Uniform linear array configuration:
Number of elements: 48
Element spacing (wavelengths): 0.25
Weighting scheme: hann
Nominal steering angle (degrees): -15
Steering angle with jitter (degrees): -15.552
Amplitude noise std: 0.05
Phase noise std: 0.05

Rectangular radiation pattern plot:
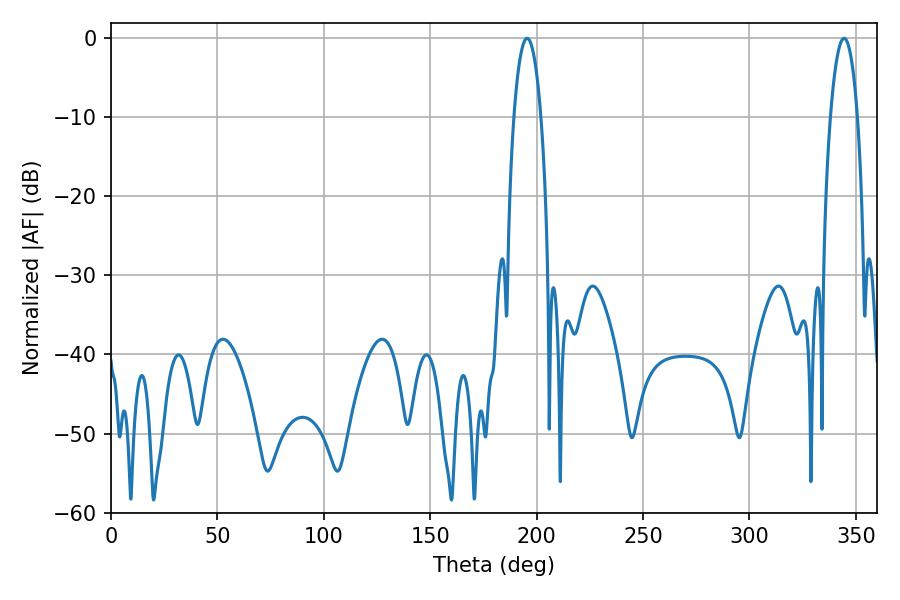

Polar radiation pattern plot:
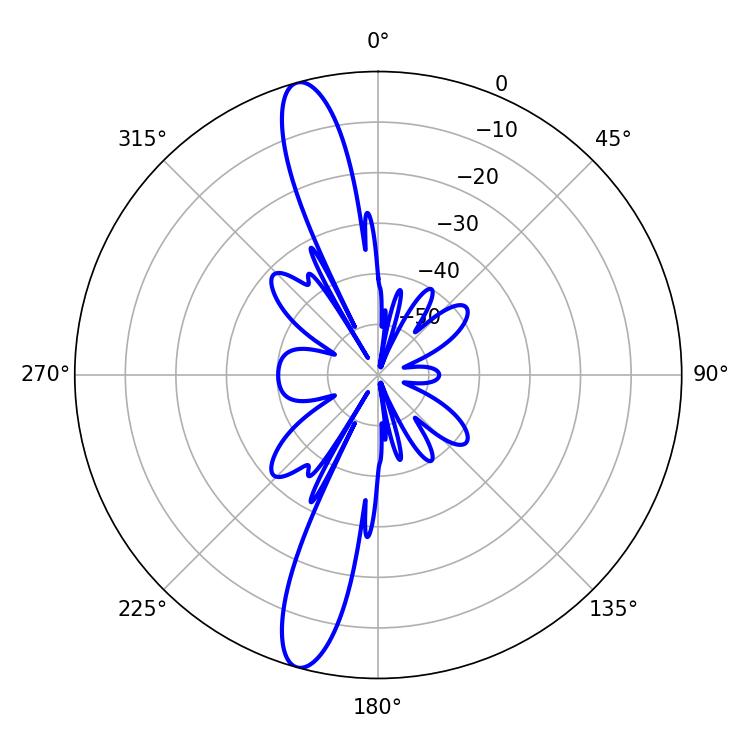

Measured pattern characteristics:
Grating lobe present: FALSE
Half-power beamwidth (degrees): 7.02
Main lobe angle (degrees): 195.48